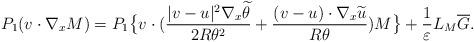
LaTeX: \begin{align*}P_{1}(v\cdot\nabla_{x}M)=P_{1}\big\{v\cdot(\frac{|v-u|^{2}\nabla_{x}\widetilde{\theta}}{2R\theta^{2}}+\frac{(v-u)\cdot\nabla_{x}\widetilde{u}}{R\theta})M\big\}+\frac{1}{\varepsilon}L_{M}\overline{G}.\end{align*}